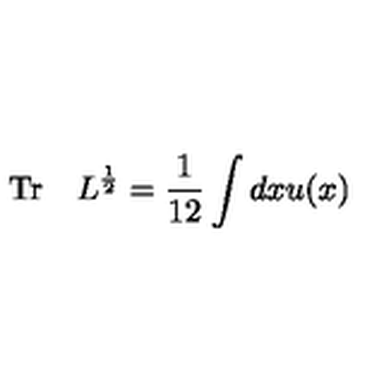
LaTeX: \mathrm { T r } \quad L ^ { \frac { 1 } { 2 } } = { \frac { 1 } { 1 2 } } \int d x u ( x )